Vaccination in the Punjab 1883-1896 - 1883-1896
Year: 1883
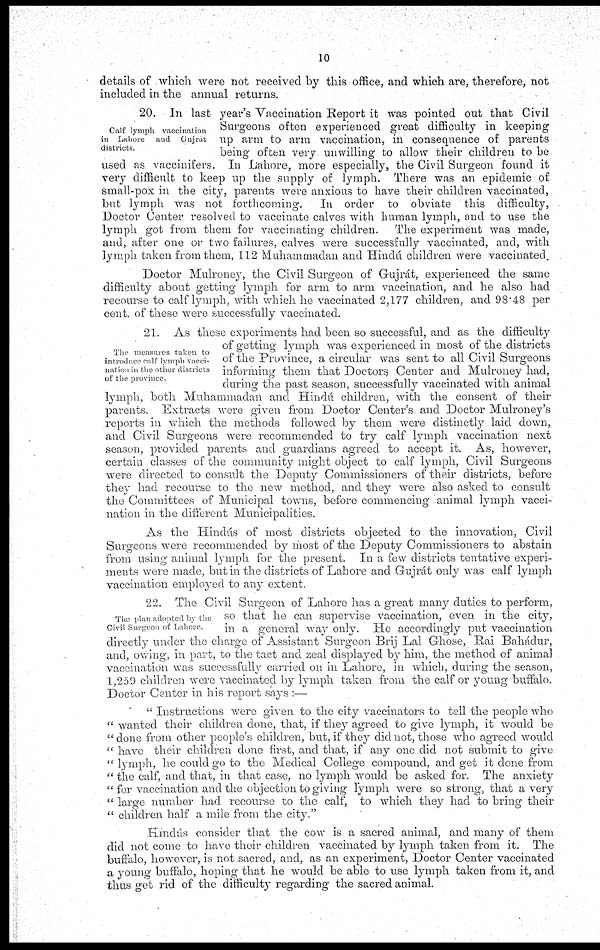
10
details of which were not received by this office, and which are, therefore, not
included in the annual returns.
Calf lymph vaccination
in Lahore and Gujrát
districts.
20. In last year's Vaccination Report it was pointed out that Civil
Surgeons often experienced great difficulty in keeping
up arm to arm vaccination, in consequence of parents
being often very unwilling to allow their children to be
used as vaccinifers. In Lahore, more especially, the Civil Surgeon found it
very difficult to keep up the supply of lymph. There was an epidemic of
small-pox in the city, parents were anxious to have their children vaccinated,
but lymph was not forthcoming.
In order to obviate this difficulty,
Doctor Center resolved to vaccinate calves with human lymph, and to use the
lymph got from them for vaccinating children.
The experiment was made,
and, after one or two failures, calves were successfully vaccinated, and, with
lymph taken from them, 112 Muhammadan and Hindú children were vaccinated.
Doctor Mulroney, the Civil Surgeon of Gujrát, experienced the same
difficulty about getting lymph for arm to arm vaccination, and he also had
recourse to calf lymph, with which he vaccinated 2,177 children, and 98.48 per
cent. of these were successfully vaccinated.
The measures taken to
introduce calf lymph vacci-
nation in the other districts
of the province.
21. As these experiments had been so successful, and as the difficulty
of getting lymph was experienced in most of the districts
of the Province, a circular was sent to all Civil Surgeons
informing them that Doctors Center and Mulroney had,
during the past season, successfully vaccinated with animal
lymph, both Muhammadan and Hindú children, with the consent of their
parents. Extracts were given from Doctor Center's and Doctor Mulroney's
reports in which the methods followed by them were distinctly laid down,
and Civil Surgeons were recommended to try calf lymph vaccination next
season, provided parents and guardians agreed to accept it. As, however,
certain classes of the community might object to calf lymph, Civil Surgeons
were directed to consult the Deputy Commissioners of their districts, before
they had recourse to the new method, and they were also asked to consult
the Committees of Municipal towns, before commencing animal lymph vacci-
nation in the different Municipalities.
As the Hindús of most districts objected to the innovation, Civil
Surgeons were recommended by most of the Deputy Commissioners to abstain
from using animal lymph for the present. In a few districts tentative experi-
ments were made, but in the districts of Lahore and Gujrát only was calf lymph
vaccination employed to any extent.
The plan adopted by the
Civil Surgeon of Lahore.
22. The Civil Surgeon of Lahore has a great many duties to perform,
so that he can supervise vaccination, even in the city,
in a general way only. He accordingly put vaccination
directly under the charge of Assistant Surgeon Brij Lal Ghose, Rai Bahádur,
and, owing, in part, to the tact and zeal displayed by him, the method of animal
vaccination was successfully carried on in Lahore, in which, during the season,
1,259 children were vaccinated by lymph taken from the calf or young buffalo.
Doctor Center in his report says :—
" Instructions were given to the city vaccinators to tell the people who
" wanted their children done, that, if they agreed to give lymph, it would be
"done from other people's children, but, if they did not, those who agreed would
"have their children done first, and that, if any one did not submit to give
"lymph, he could go to the Medical College compound, and get it done from
"the calf, and that, in that case, no lymph would be asked for. The anxiety
" for vaccination and the objection to giving lymph were so strong, that a very
" large number had recourse to the calf, to which they had to bring their
" children half a mile from the city."
Hindús consider that the cow is a sacred animal, and many of them
did not come to have their children vaccinated by lymph taken from it. The
buffalo, however, is not sacred, and, as an experiment, Doctor Center vaccinated
a young buffalo, hoping that he would be able to use lymph taken from it, and
thus get rid of the difficulty regarding the sacred animal.